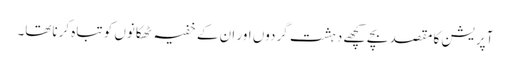
آپریشن کا مقصد بچے کچھے دہشت گردوں اور ان کے خفیہ ٹھکانوں کو تباہ کرناتھا۔